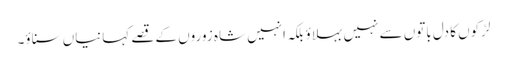
لڑکوں کا دل باتوں سے نہیں بہلاؤ بلکہ انہیں شاہ زوروں کے قصے کہانیاں سناؤ۔